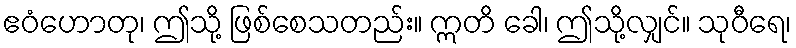
ဧဝံဟောတု၊ ဤသို့ ဖြစ်စေသတည်း။ ဣတိ ခေါ၊ ဤသို့လျှင်။ သုဝီရေ၊